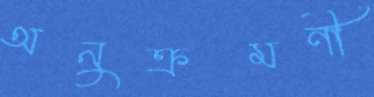
অনুক্রমণী